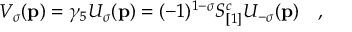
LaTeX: { \cal V } _ { \sigma } ( { \bf p } ) = \gamma _ { 5 } { \cal U } _ { \sigma } ( { \bf p } ) = ( - 1 ) ^ { 1 - \sigma } S _ { [ 1 ] } ^ { c } { \cal U } _ { - \sigma } ( { \bf p } ) \quad ,